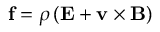
\mathbf { f } = \rho \left( \mathbf { E } + \mathbf { v } \times \mathbf { B } \right) \,